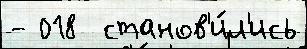
- 018  станов'и́л'ись